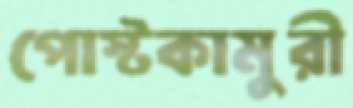
পোস্টকামুরী